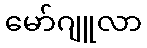
မော်ဂျူလာ